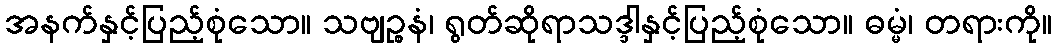
အနက်နှင့်ပြည့်စုံသော။ သဗျဉ္စနံ၊ ရွတ်ဆိုရာသဒ္ဒါနှင့်ပြည့်စုံသော။ ဓမ္မံ၊ တရားကို။